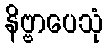
နိဗ္ဗာပေသုံ